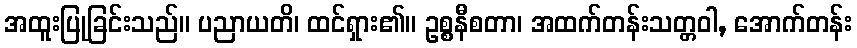
အထူးပြုခြင်းသည်။ ပညာယတိ၊ ထင်ရှား၏။ ဥစ္စနီစတာ၊ အထက်တန်းသတ္တဝါ, အောက်တန်း